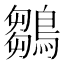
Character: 鶵